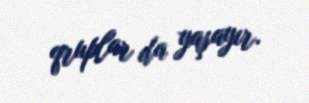
qruplar da yaşayır.